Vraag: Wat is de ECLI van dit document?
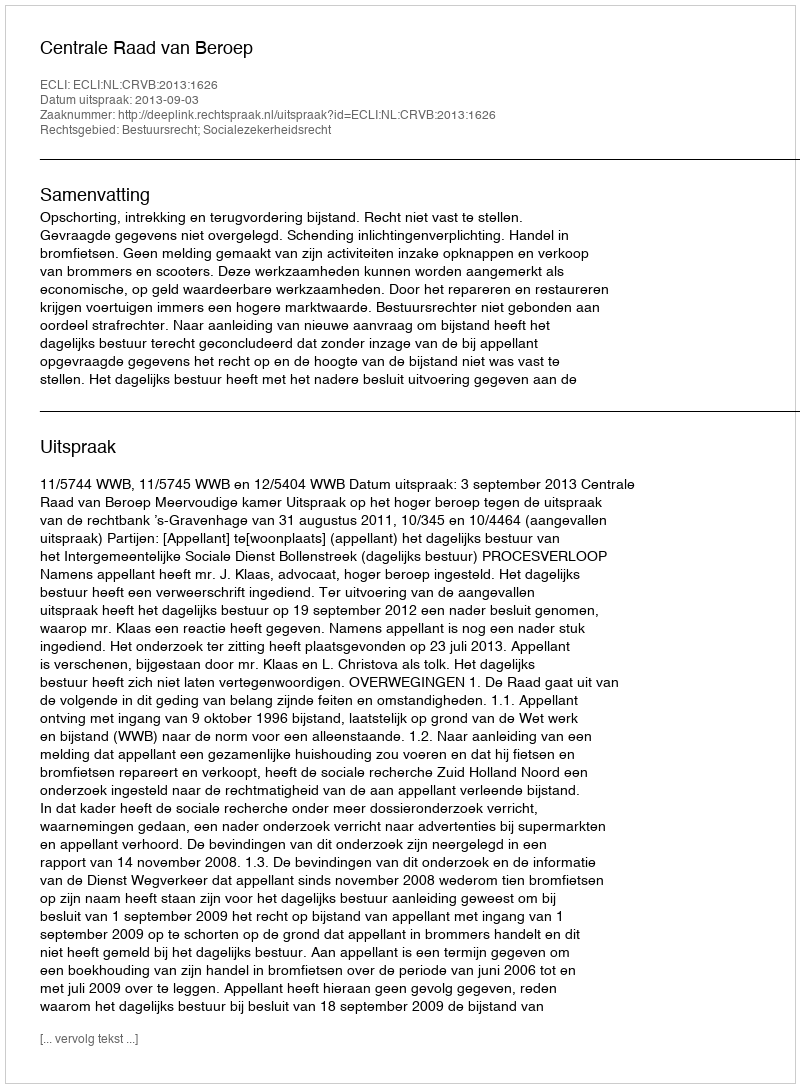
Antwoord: ECLI:NL:CRVB:2013:1626